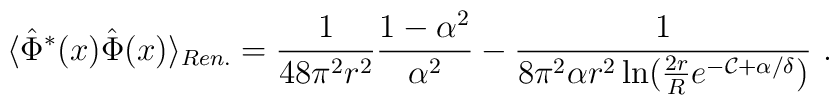
\langle\hat{\Phi}^*(x)\hat{\Phi}(x)\rangle_{Ren.}=\frac1{48\pi^2r^2}\frac{1-\alpha^2}{\alpha^2}-\frac1{8\pi^2\alpha r^2\ln(\frac{2r}R e^{-{\mathcal{C}}+\alpha/\delta})} \ .